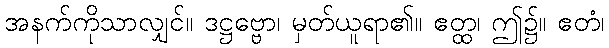
အနက်ကိုသာလျှင်။ ဒဋ္ဌဗ္ဗော၊ မှတ်ယူရာ၏။ ဧတ္ထ၊ ဤ၌။ ဧတံ၊